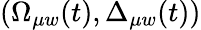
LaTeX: (\Omega_{\mu w}(t),\Delta_{\mu w}(t))